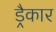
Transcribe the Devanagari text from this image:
ड्रैकार